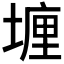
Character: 𡏂